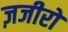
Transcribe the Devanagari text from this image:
ज़जीरों